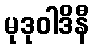
မုဒုဝါဒိနီ